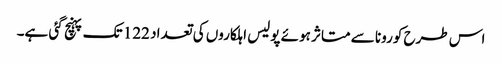
اس طرح کورونا سے متاثر ہوئے پولیس اہلکاروں کی تعداد 122 تک پہنچ گئی ہے۔